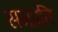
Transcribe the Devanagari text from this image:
समप्रति